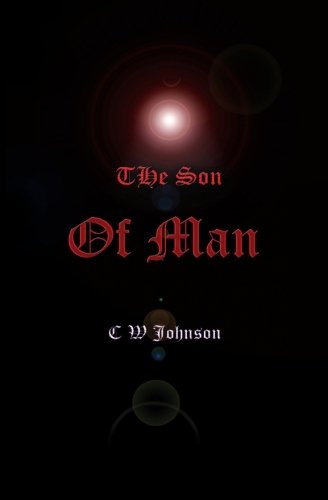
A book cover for The Son of Man; CW Johnson; Crafts, Hobbies & Home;